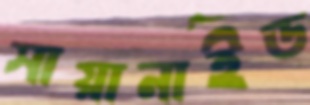
সায়ানাইড